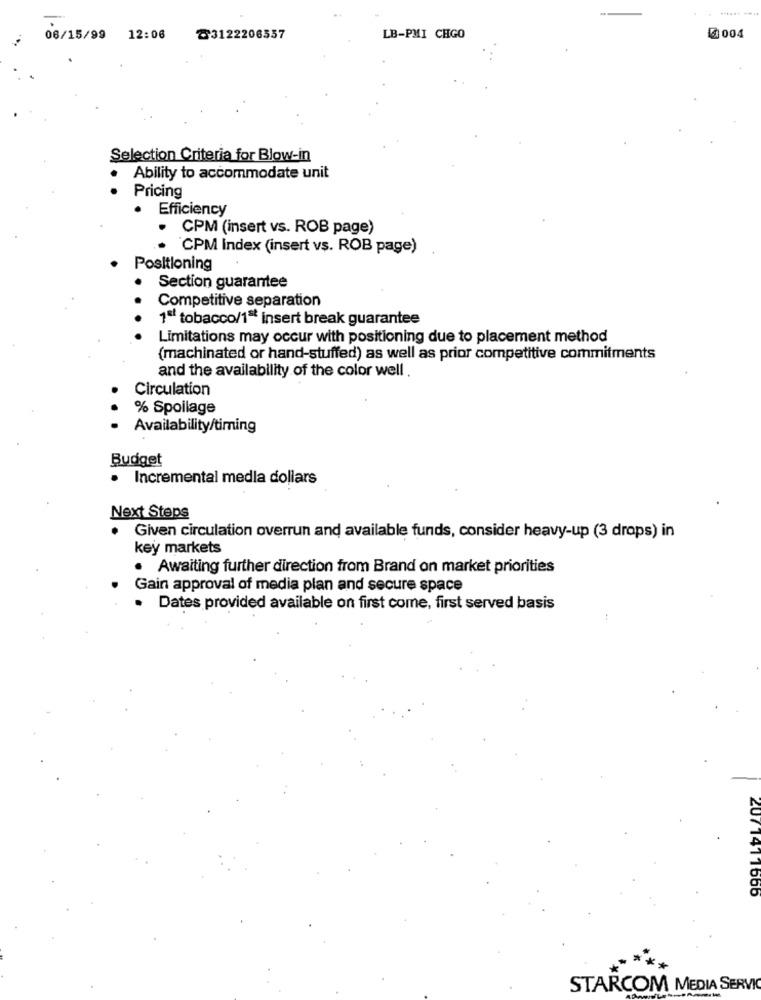
06/15/99 12:06
Z3122206557
LB-PMI CHGO
5004
Selection Criteria for Blow-in
Ability to accommodate unit
Pricing
· Efficiency
CPM (insert vs. ROB page)
· CPM Index (insert vs. ROB page)
Positioning
Section guarantee
Competitive separation
...
1ª tobacco/1 ** insert break guarantee
Limitations may occur with positioning due to placement method
(machinated or hand-stuffed) as well as prior competitive commitments
and the availability of the color well .
Circulation
% Spoilage
Availability/timing
Budget
· Incremental medla dollars
Next Steps
Given circulation overrun and available funds, consider heavy-up (3 drops) in
key markets
· Awaiting further direction from Brand on market priorities
Gain approval of media plan and secure space
· Dates provided available on first come, first served basis
207 1411665
STARCOM MEDIA SERVIC